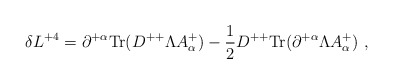
\begin{align*}\delta L^{+4} = \partial^{+\alpha} \mbox{Tr} (D^{++}\Lambda A^+_\alpha)- {1\over 2} D^{++}\mbox{Tr} (\partial^{+\alpha}\Lambda A^+_\alpha) \ ,\end{align*}